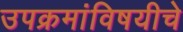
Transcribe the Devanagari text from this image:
उपक्रमांविषयीचे